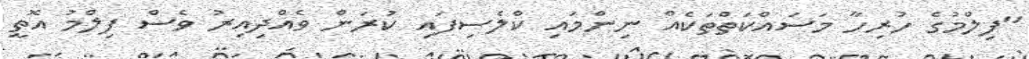
"ފިލްމުގެ ހުރިހާ މަސައްކަތްތަކެއް ނިންމައި ކްލެސިފައި ކުރަން ވެއްދިއިރު ވެސް ފިލްމު އޮތީ